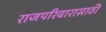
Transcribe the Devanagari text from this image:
राजपरिवारासाठी